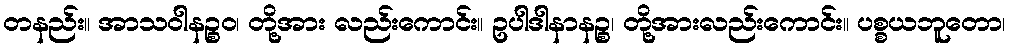
တနည်း။ အာသဝါနဉ္စဝ၊ တို့အား လည်းကောင်း။ ဥပါဒါနာနဉ္စ၊ တို့အားလည်းကောင်း။ ပစ္စယဘူတော၊